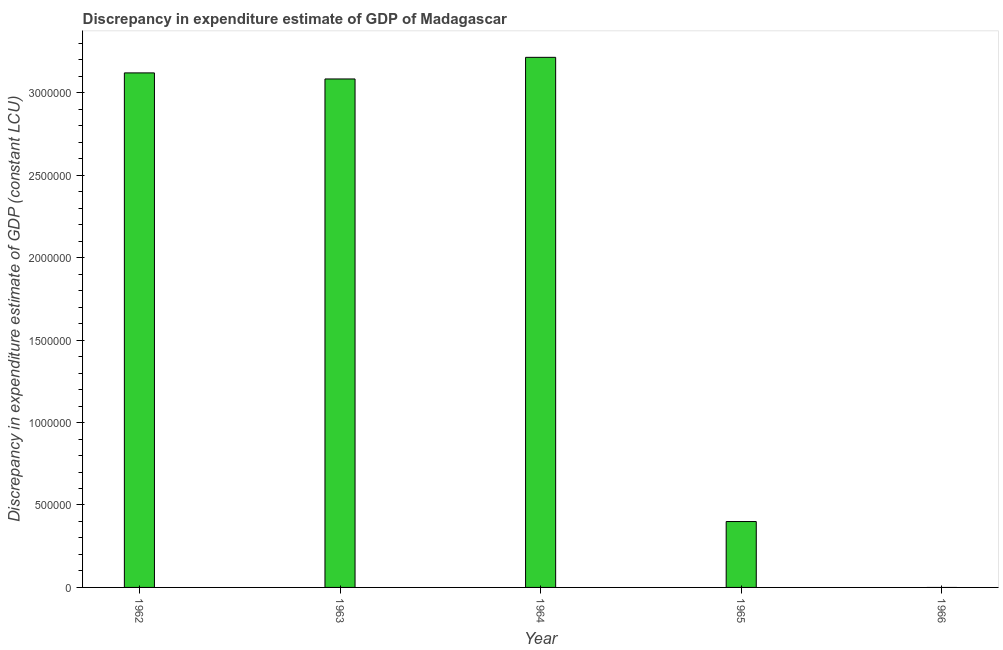
| Year | Discrepancy constant LCU |
 | --- | --- |
 | 1962 | 3.12e+06 |
 | 1963 | 3.08e+06 |
 | 1964 | 3.22e+06 |
 | 1965 | 4e+05 |
 | 1966 | -8e+05 |